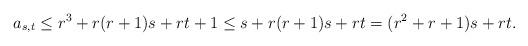
LaTeX: \begin{align*}a_{s,t}\le r^3+r(r+1)s+rt+1\le s+r(r+1)s+rt=(r^2+r+1)s+rt.\end{align*}